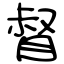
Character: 督